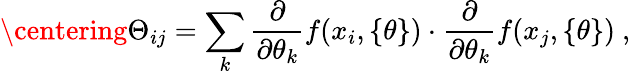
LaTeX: \centering\Theta_{ij}=\sum_{k}\frac{\partial}{\partial\theta_{k}}f(x_{i},\{ \theta\} )\cdot\frac{\partial}{\partial\theta_{k}}f(x_{j},\{ \theta\} )~,